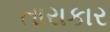
તારાકાર